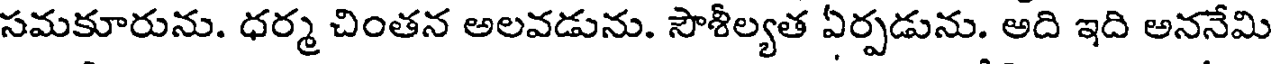
సమకూరును. ధర్మ చింతన అలవడును. సౌశీల్యత ఏర్పడును. అది ఇది అననేమి